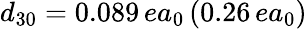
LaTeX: d_{30}=0.089\, ea_{0}\, (0.26\, ea_{0})